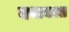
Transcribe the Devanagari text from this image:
यथाकाल